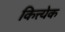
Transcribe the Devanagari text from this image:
कित्त्येक